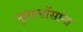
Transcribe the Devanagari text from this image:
फुगलोंसांना